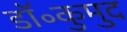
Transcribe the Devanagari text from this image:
डॉ॰कुमुद